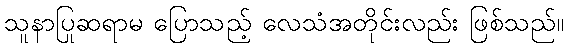
သူနာပြုဆရာမ ပြောသည့် လေသံအတိုင်းလည်း ဖြစ်သည်။